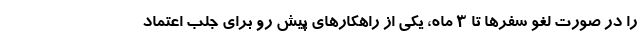
را در صورت لغو سفرها تا ۳ ماه، یکی از راهکارهای پیش رو برای جلب اعتماد